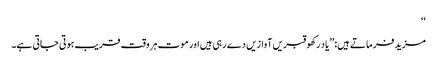
‘‘
مزید فرماتے ہیں:’’یاد رکھو قبریں آوازیں دے رہی ہیں اور موت ہر وقت قریب ہوتی جاتی ہے۔